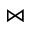
\bowtie